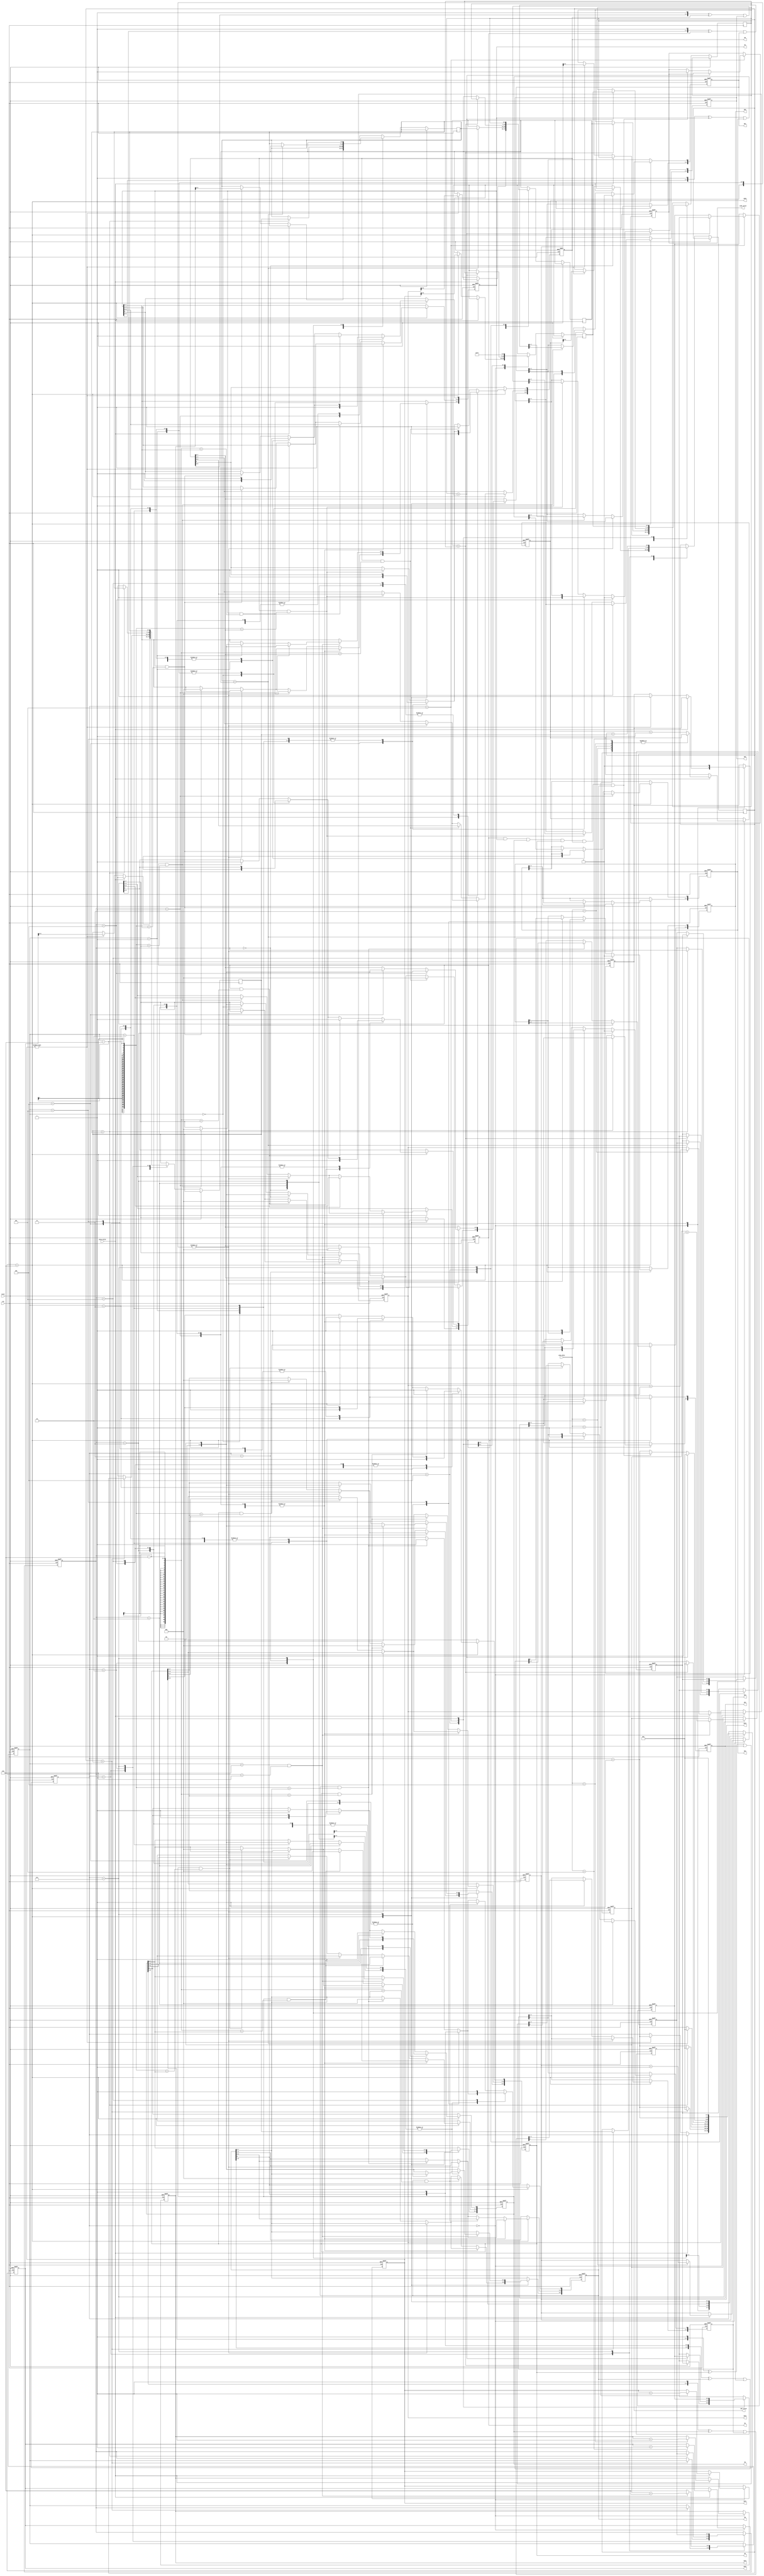
module huffman(clk, reset, gray_valid, gray_data, CNT_valid, CNT1, CNT2, CNT3, CNT4, CNT5, CNT6,
    code_valid, HC1, HC2, HC3, HC4, HC5, HC6, M1, M2, M3, M4, M5, M6);

input clk;
input reset;
input gray_valid;
input [7:0] gray_data;
output reg CNT_valid;
output reg [7:0] CNT1, CNT2, CNT3, CNT4, CNT5, CNT6;
output reg code_valid;
output reg [7:0] HC1, HC2, HC3, HC4, HC5, HC6;
output reg [7:0] M1, M2, M3, M4, M5, M6;

reg [2:0] state;
reg [6:0] arr [0:5];
reg [2:0] arr_index [0:5];
reg /*[2:0]*/ tree_index;


always@(posedge clk or posedge reset) begin
	if(reset) begin
		state <= 0;
		CNT_valid <= 0;
		CNT1 <= 0;
		CNT2 <= 0;
		CNT3 <= 0;
		CNT4 <= 0;
		CNT5 <= 0;
		CNT6 <= 0;
		HC1 <= 0;
		HC2 <= 0;
		HC3 <= 0;
		HC4 <= 0;
		HC5 <= 0;
		HC6 <= 0;
		M1 <= 0;
		M2 <= 0;
		M3 <= 0;
		M4 <= 0;
		M5 <= 0;
		M6 <= 0;
		code_valid <= 0;
		arr_index[0] <= 5;
		arr_index[1] <= 4;
		arr_index[2] <= 3;
		arr_index[3] <= 2;
		arr_index[4] <= 1;
		arr_index[5] <= 0;
		tree_index <= 0;
	end
	else begin
		case(state)
			0: begin
				if(gray_valid) begin
					case(gray_data)
						1: CNT1 <= CNT1+1;
						2: CNT2 <= CNT2+1;
						3: CNT3 <= CNT3+1;
						4: CNT4 <= CNT4+1;
						5: CNT5 <= CNT5+1;
						default: CNT6 <= CNT6+1;
					endcase
				end
				else if(CNT1) begin
					state <= state+1;
					CNT_valid <= 1;
					arr[0] <= CNT6;
					arr[1] <= CNT5;
					arr[2] <= CNT4;
					arr[3] <= CNT3;
					arr[4] <= CNT2;
					arr[5] <= CNT1;
				end
				else begin
				end
			end
			// sort
			1: begin
				CNT_valid <= 0;
				if(arr[0]>arr[1]) begin
					arr[0] <= arr[1];
					arr[1] <= arr[0];
					arr_index[0] <= arr_index[1];
					arr_index[1] <= arr_index[0];
					state <= 1;
				end
				else begin
					state <= state+1;
				end
			end
			2: begin
				if(arr[1]>arr[2]) begin
					arr[1] <= arr[2];
					arr[2] <= arr[1];
					arr_index[1] <= arr_index[2];
					arr_index[2] <= arr_index[1];
					state <= 1;
				end
				else begin
					state <= state+1;
				end
			end
			3: begin
				if(arr[2]>arr[3]) begin
					arr[2] <= arr[3];
					arr[3] <= arr[2];
					arr_index[2] <= arr_index[3];
					arr_index[3] <= arr_index[2];
					state <= 1;
				end
				else begin
					state <= state+1;
				end
			end
			4: begin
				if(arr[3]>arr[4]) begin
					arr[3] <= arr[4];
					arr[4] <= arr[3];
					arr_index[3] <= arr_index[4];
					arr_index[4] <= arr_index[3];
					state <= 1;
				end
				else begin
					state <= state+1;
				end
			end
			5: begin
				if(arr[4]>arr[5]) begin
					arr[4] <= arr[5];
					arr[5] <= arr[4];
					arr_index[4] <= arr_index[5];
					arr_index[5] <= arr_index[4];
					state <= 1;
				end
				else if(M1&&M2&&M3&&M4&&M5&&M6) begin
					// finish
					code_valid <= 1;
				end
				else begin
					state <= state+1;
				end
			end
			// C1
			6: begin
				// 1
				case(arr_index[0])
					0: begin // 1
						M1[0] <= 1;
						HC1[0] <= 1;
					end
					1: begin // 2
						M2[0] <= 1;
						HC2[0] <= 1;
					end
					2: begin // 3
						M3[0] <= 1;
						HC3[0] <= 1;
					end
					3: begin // 4
						M4[0] <= 1;
						HC4[0] <= 1;
					end
					4: begin // 5
						M5[0] <= 1;
						HC5[0] <= 1;
					end
					5: begin // 6
						M6[0] <= 1;
						HC6[0] <= 1;
					end
					default: begin // 7~
						if(M1 && (arr_index[0]-6)==M1[7:5]) begin
							M1 <= {3'b000, M1[3:0], 1'b1};
							HC1 <= ({M1[6:0], 1'b1}^M1) | HC1;
						end
						if(M2 && (arr_index[0]-6)==M2[7:5]) begin
							M2 <= {3'b000, M2[3:0], 1'b1};
							HC2 <= ({M2[6:0], 1'b1}^M2) | HC2;
						end
						if(M3 && (arr_index[0]-6)==M3[7:5]) begin
							M3 <= {3'b000, M3[3:0], 1'b1};
							HC3 <= ({M3[6:0], 1'b1}^M3) | HC3;
						end
						if(M4 && (arr_index[0]-6)==M4[7:5]) begin
							M4 <= {3'b000, M4[3:0], 1'b1};
							HC4 <= ({M4[6:0], 1'b1}^M4) | HC4;
						end
						if(M5 && (arr_index[0]-6)==M5[7:5]) begin
							M5 <= {3'b000, M5[3:0], 1'b1};
							HC5 <= ({M5[6:0], 1'b1}^M5) | HC5;
						end
						if(M6 && (arr_index[0]-6)==M6[7:5]) begin
							M6 <= {3'b000, M6[3:0], 1'b1};
							HC6 <= ({M6[6:0], 1'b1}^M6) | HC6;
						end
					end
				endcase
				// 0
				case(arr_index[1])
					0: begin // 1
						M1[0] <= 1;
						HC1[0] <= 0;
					end
					1: begin // 2
						M2[0] <= 1;
						HC2[0] <= 0;
					end
					2: begin // 3
						M3[0] <= 1;
						HC3[0] <= 0;
					end
					3: begin // 4
						M4[0] <= 1;
						HC4[0] <= 0;
					end
					4: begin // 5
						M5[0] <= 1;
						HC5[0] <= 0;
					end
					5: begin // 6
						M6[0] <= 1;
						HC6[0] <= 0;
					end
					default: begin // 7~
						if(M1 && (arr_index[1]-6)==M1[7:5]) begin
							M1 <= {3'b000, M1[3:0], 1'b1};
						end
						if(M2 && (arr_index[1]-6)==M2[7:5]) begin
							M2 <= {3'b000, M2[3:0], 1'b1};
						end
						if(M3 && (arr_index[1]-6)==M3[7:5]) begin
							M3 <= {3'b000, M3[3:0], 1'b1};
						end
						if(M4 && (arr_index[1]-6)==M4[7:5]) begin
							M4 <= {3'b000, M4[3:0], 1'b1};
						end
						if(M5 && (arr_index[1]-6)==M5[7:5]) begin
							M5 <= {3'b000, M5[3:0], 1'b1};
						end
						if(M6 && (arr_index[1]-6)==M6[7:5]) begin
							M6 <= {3'b000, M6[3:0], 1'b1};
						end
					end
				endcase
				
				state <= state+1;
			end
			
			7: begin
				arr[0] <= arr[0]+arr[1];
				arr[1] <= arr[2];
				arr[2] <= arr[3];
				arr[3] <= arr[4];
				arr[4] <= arr[5];
				arr[5] <= 8'b11111111;
				
				arr_index[0] <= (arr_index[0]<6 && arr_index[1]<6) ? tree_index+6:6;
				arr_index[1] <= arr_index[2];
				arr_index[2] <= arr_index[3];
				arr_index[3] <= arr_index[4];
				arr_index[4] <= arr_index[5];
				
				// tree_index (M1[7:5])
				// new tree
				if(arr_index[0]<6 && arr_index[1]<6) begin
					tree_index <= tree_index+1;
					case(arr_index[0])
						0: M1[7:5] <= tree_index;
						1: M2[7:5] <= tree_index;
						2: M3[7:5] <= tree_index;
						3: M4[7:5] <= tree_index;
						4: M5[7:5] <= tree_index;
						default: M6[7:5] <= tree_index;
					endcase
					case(arr_index[1])
						0: M1[7:5] <= tree_index;
						1: M2[7:5] <= tree_index;
						2: M3[7:5] <= tree_index;
						3: M4[7:5] <= tree_index;
						4: M5[7:5] <= tree_index;
						default: M6[7:5] <= tree_index;
					endcase
				end
				
				// sort
				state <= 1;
			end
			
		endcase
	end
end
  
endmodule